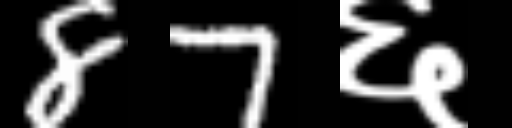
Text: 87६